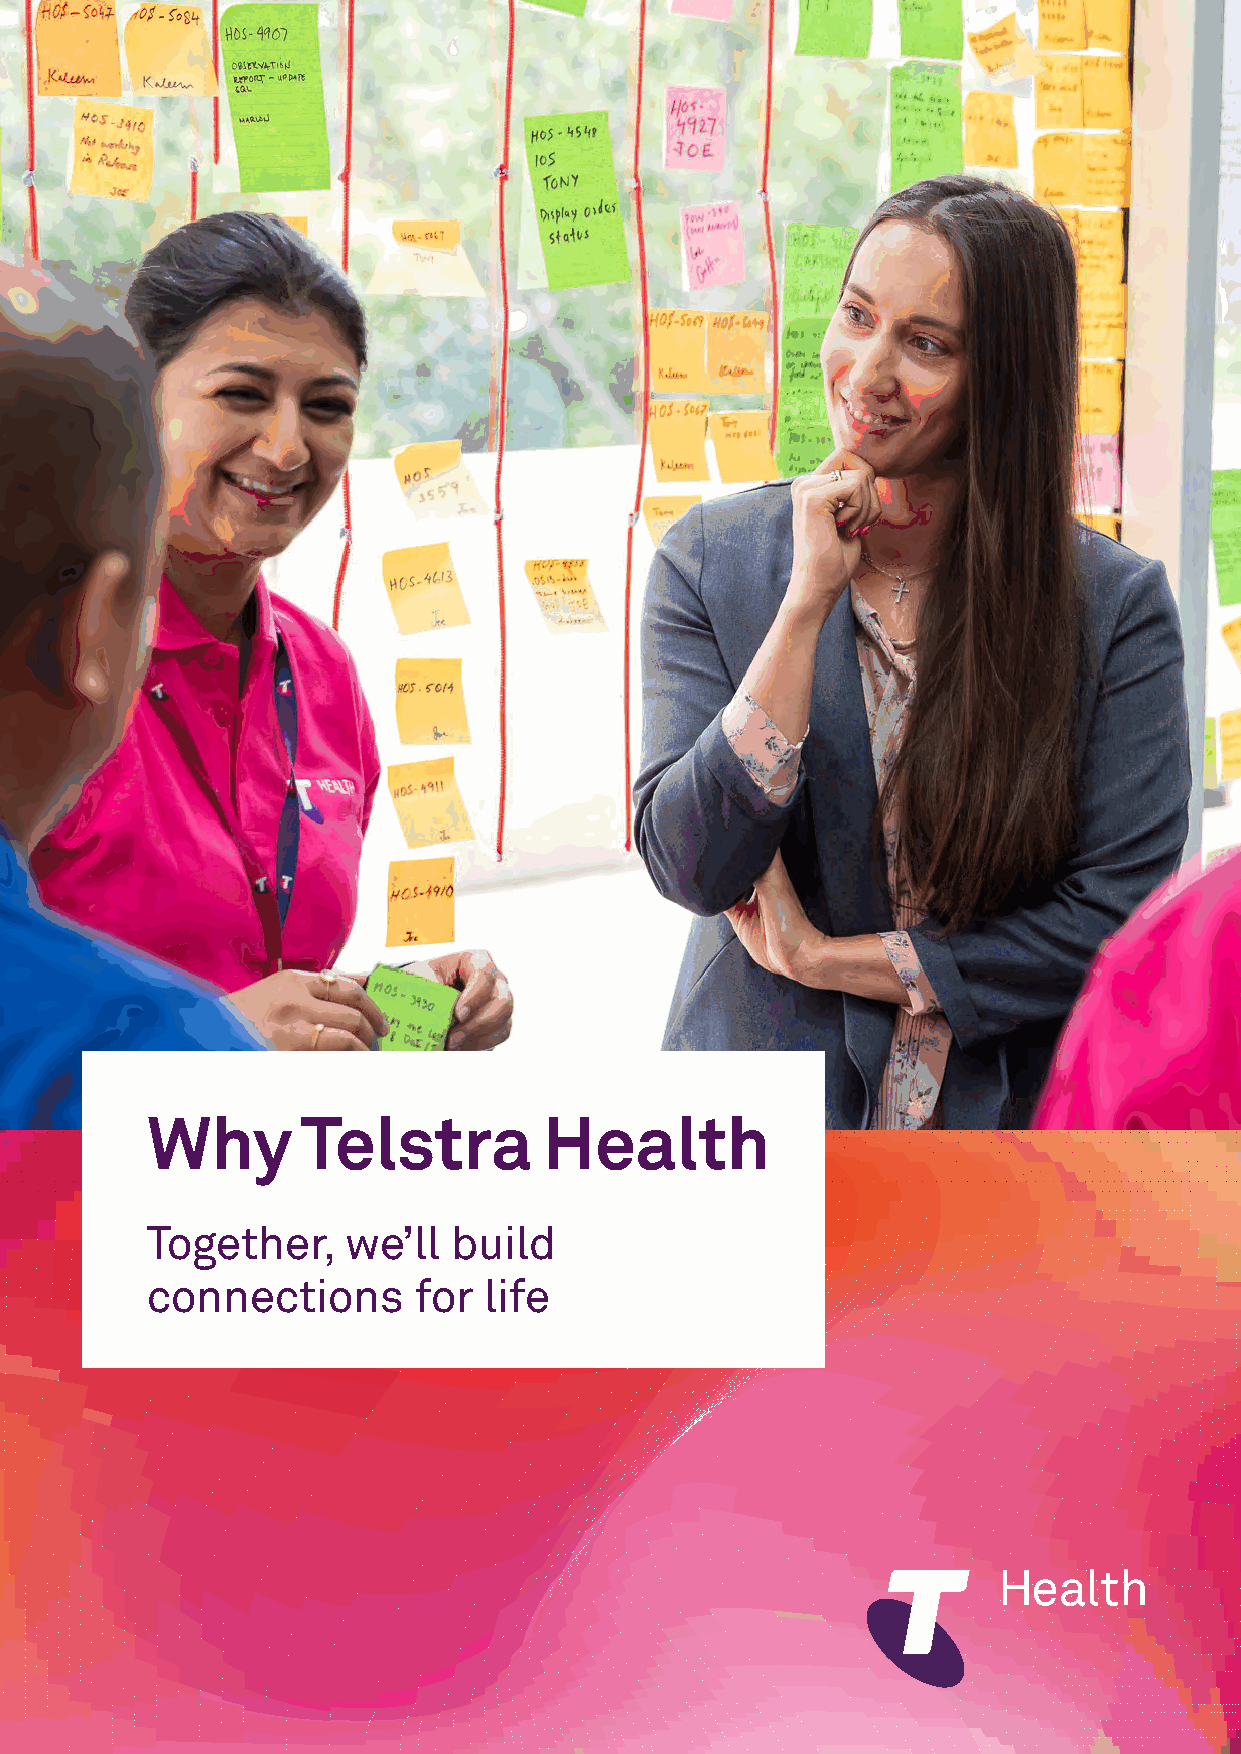
Why       Telstra         Health
 Together,    we’ll  build
 connections      for  life